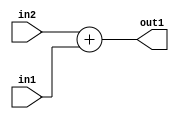
`timescale 1ps / 1ps
/*****************************************************************************
    Verilog RTL Description
    
    
    Created by: Stratus DpOpt 2019.1.01 
*******************************************************************************/

module ColorTransform_Add_19Ux16U_19U_4 (
	in2,
	in1,
	out1
	); /* architecture "behavioural" */ 
input [18:0] in2;
input [15:0] in1;
output [18:0] out1;
wire [18:0] asc001;

assign asc001 = 
	+(in2)
	+(in1);

assign out1 = asc001;
endmodule

/* CADENCE  ubH0QgA= : u9/ySgnWtBlWxVPRXgAZ4Og= ** DO NOT EDIT THIS LINE ******/